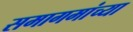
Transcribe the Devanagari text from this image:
समागमांच्या